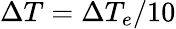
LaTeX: \Delta T=\Delta T_{e}/10